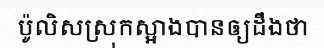
ប៉ូលិសស្រុកស្អាងបានឲ្យដឹងថា